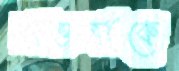
মওলাকে